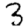
Digit: 3